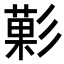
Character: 𭛙